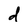
Character: d